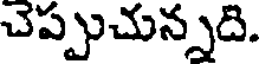
చెప్పుచున్నది.